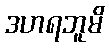
ဒဟရဘူမိ